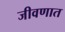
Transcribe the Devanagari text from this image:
जीवणात